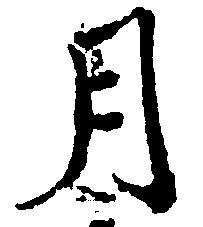
月